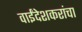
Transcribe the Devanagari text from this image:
वाईंदेशकरांचा